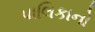
પાલિકાનો